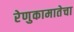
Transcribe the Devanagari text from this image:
रेणुकामातेचा